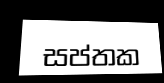
සප්තක